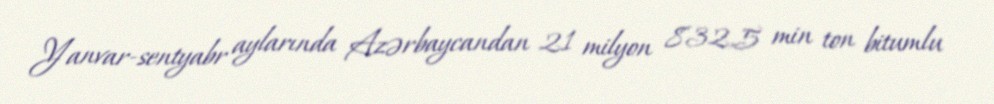
Yanvar-sentyabr aylarında Azərbaycandan 21 milyon 832,5 min ton bitumlu